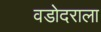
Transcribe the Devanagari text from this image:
वडोदराला